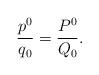
LaTeX: \begin{align*}\frac{p^0}{q_0}=\frac{P^0}{Q_0}.\end{align*}